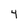
Character: 4